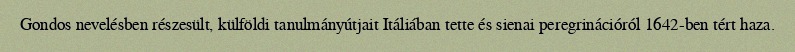
Gondos nevelésben részesült, külföldi tanulmányútjait Itáliában tette és sienai peregrinációról 1642-ben tért haza.